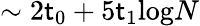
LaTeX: \sim2\mathsf{t}_{0}+5\mathsf{t}_{1}\textrm{{log}}N